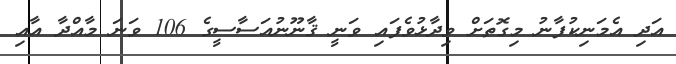
އަދި އެމަނިކުފާނު މިގޮތަށް ވިދާޅުވެފައި ވަނީ ޤާނޫނުއަސާސީގެ 106 ވަނަ މާއްދާ އާއި